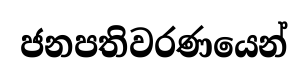
ජනපතිවරණයෙන්